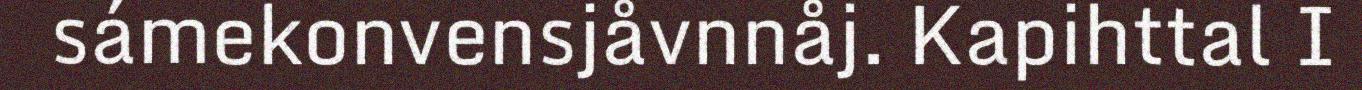
sámekonvensjåvnnåj. Kapihttal I